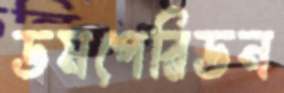
ডমপেরিডন